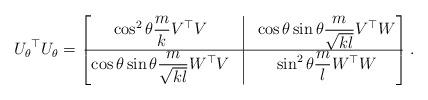
LaTeX: \begin{align*} {U_\theta}^\top U_\theta = \begin{bmatrix}\cos^2 \theta \dfrac{m}{k} V^\top V & \vline & \cos \theta \sin \theta \dfrac{m}{\sqrt{k l}} V^\top W\\\hline \cos \theta \sin \theta \dfrac{m}{\sqrt{k l}} W^\top V & \vline & \sin ^2 \theta \dfrac{m}{l} W^\top W\end{bmatrix}.\end{align*}